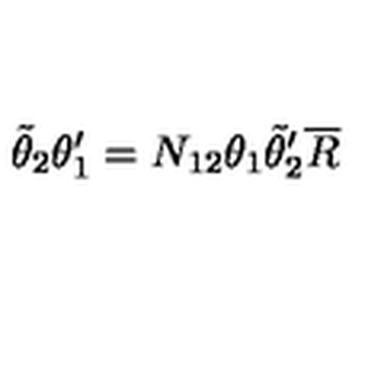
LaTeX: \tilde { \theta } _ { 2 } \theta _ { 1 } ^ { \prime } = N _ { 1 2 } \theta _ { 1 } \tilde { \theta } _ { 2 } ^ { \prime } \overline { { R } }